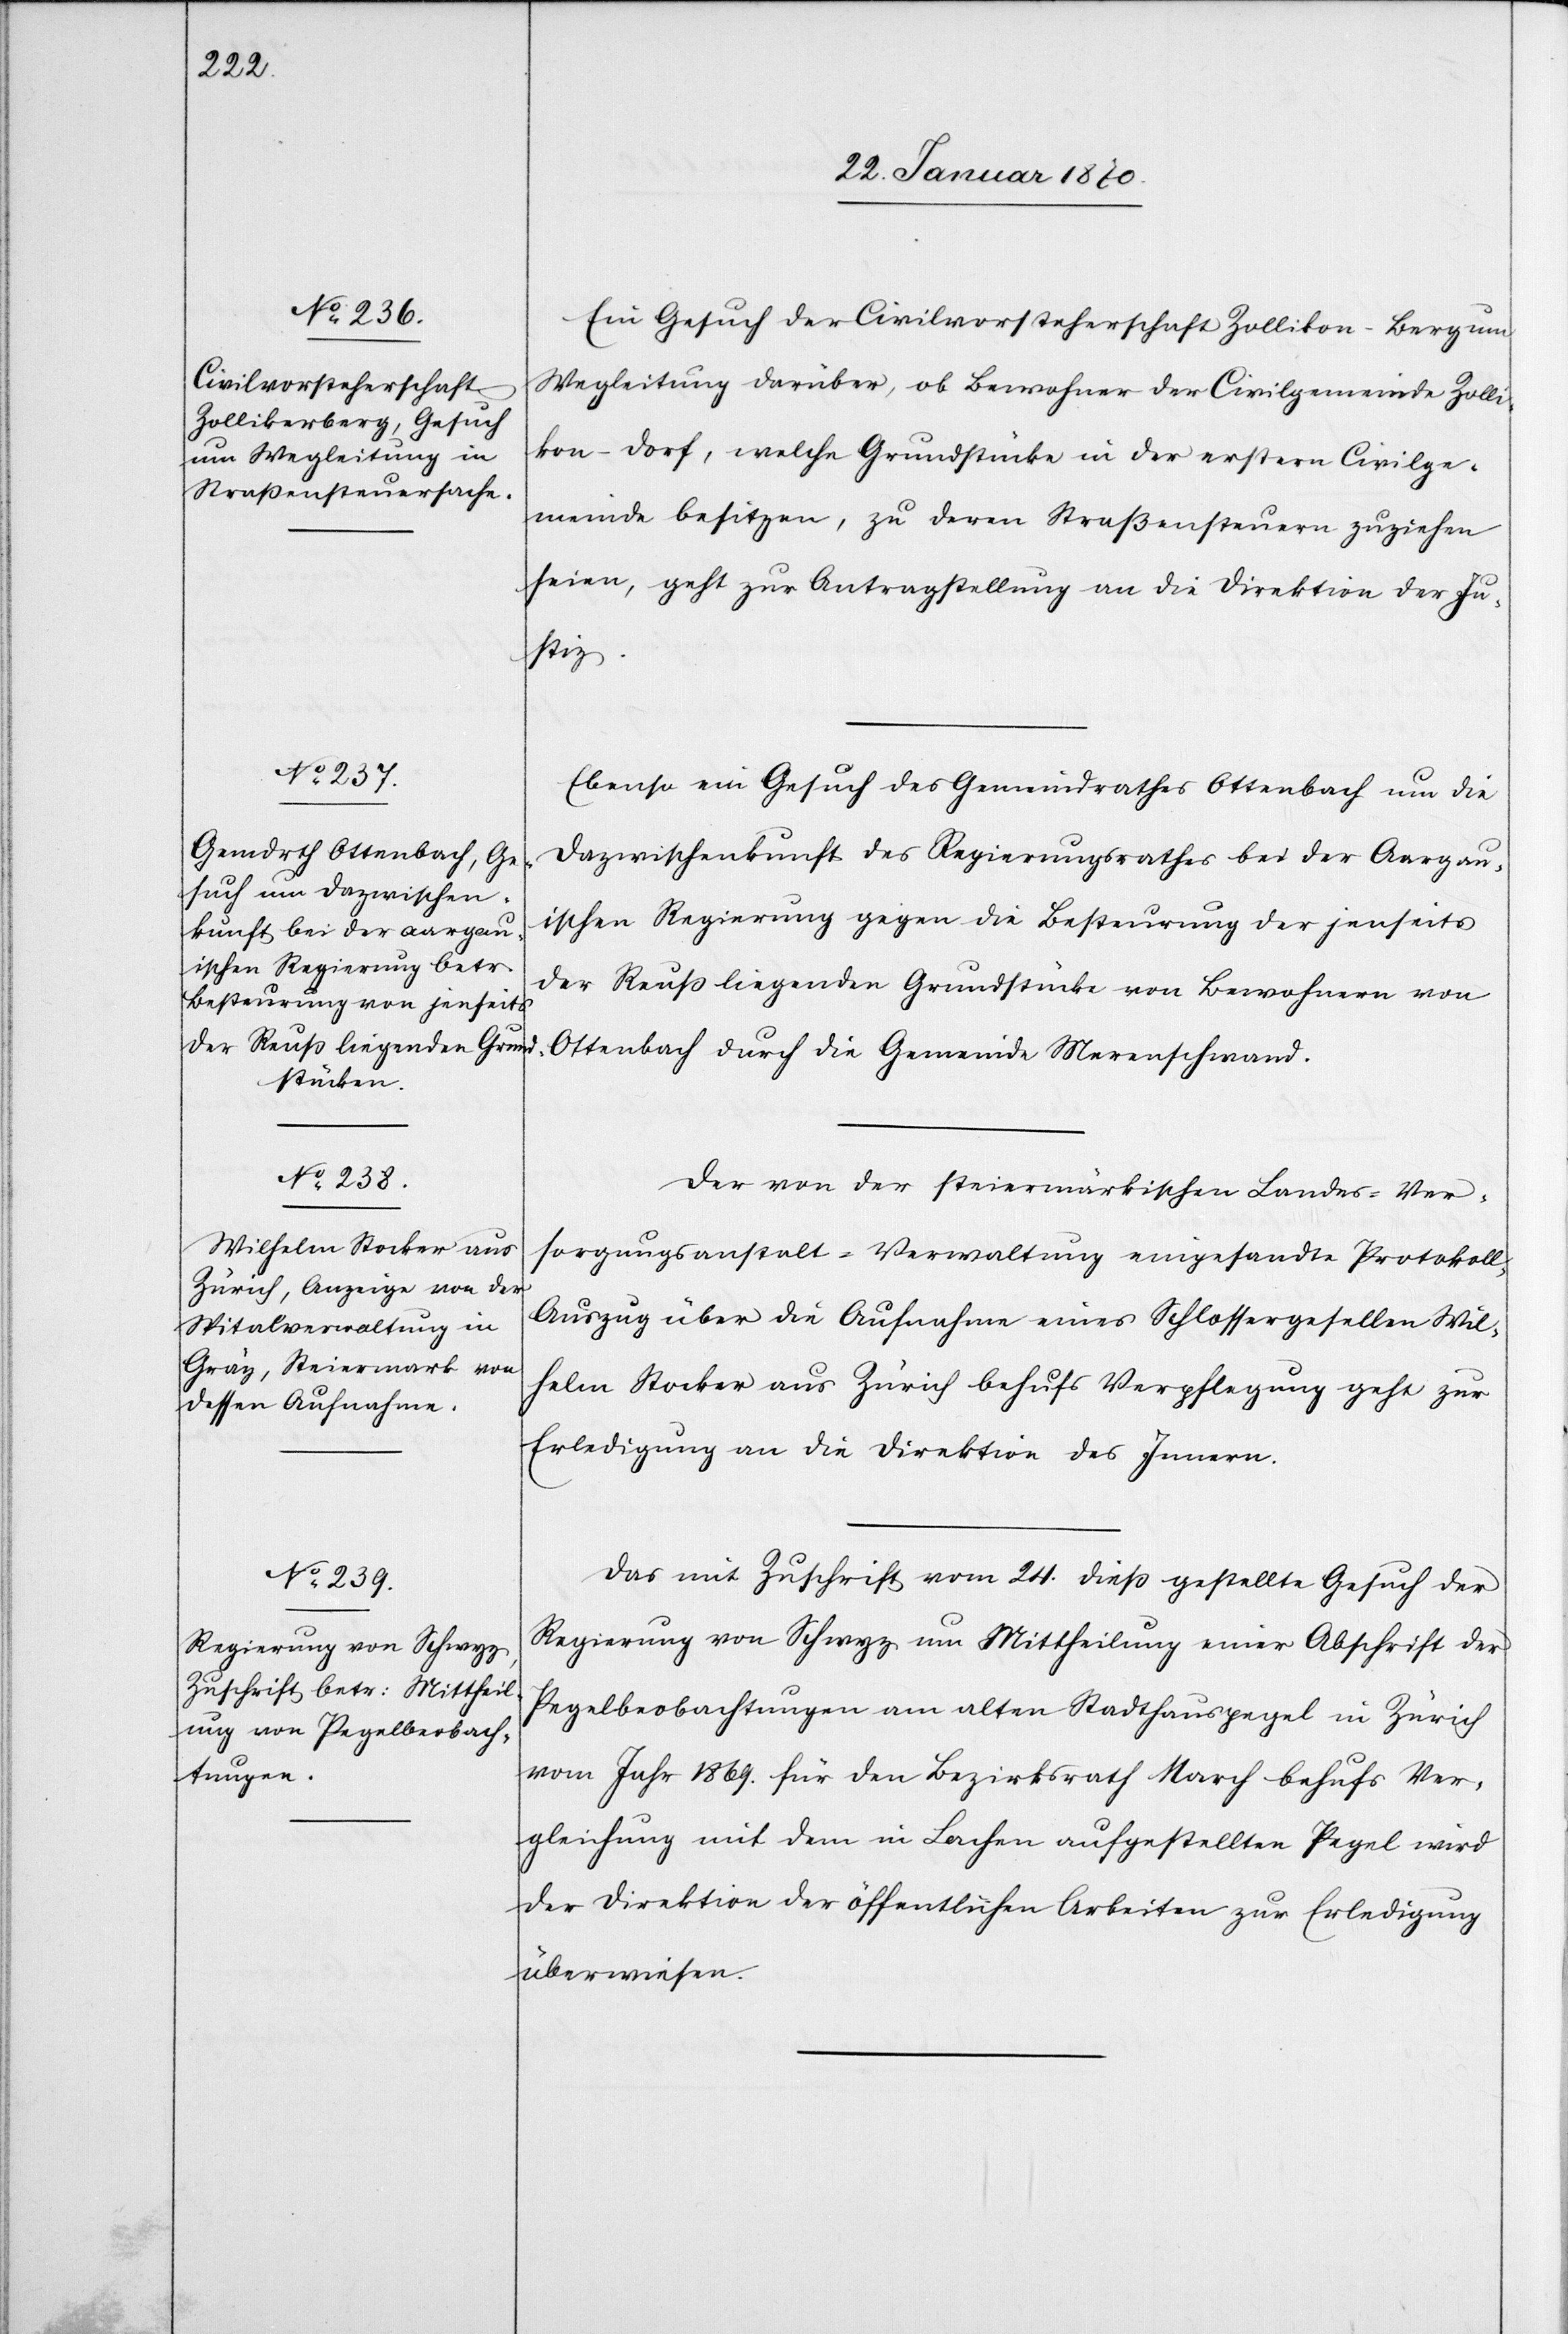
26. Januar 1870]
Ein Gesuch der Civilvorsteherschaft Zollikon-Bergum
Wegleitung darüber, ob Bewohner der Civilgemeinde Zolli¬
kon-Dorf, welche Grundstücke in der erstern Civilge¬
meinde besitzen, zu deren Straßensteuern zuziehen
[sic!], geht zur Antragstellung an die Direktion der Ju¬
stiz.
Ebenso ein Gesuch des Gemeindrathes Ottenbach um die
Dazwischenkunft des Regierungsrathes bei der Aargau¬
ischen Regierung gegen die Besteurung der jenseits
der Reuß liegenden Grundstücke von Bewohnern von
Ottenbach durch die Gemeinde Merenschwand.
Der von der steiermärkischen Landes-Ver¬
sorgungsanstalt-Verwaltung eingesandte Protokol¬
l-Auszug über die Aufnahme eines Schlossergesellen Wil¬
helm Stocker aus Zürich behufs Verpflegung geht zur
Erledigung an die Direktion des Innern.
Das mit Zuschrift vom 24. dieß gestellte Gesuch der
Regierung von Schwyz um Mittheilung einer Abschrift der
Pegelbeobachtungen am alten Stadthauspegel in Zürich
vom Jahr 1869. für den Bezirksrath March behufs Ver¬
gleichung mit dem in Lachen aufgestellten Pegel wird
der Direktion der öffentlichen Arbeiten zur Erledigung
überwiesen.